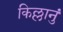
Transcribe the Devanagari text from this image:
किल्लानुं